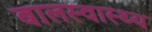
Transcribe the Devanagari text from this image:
बालस्वास्थ्य